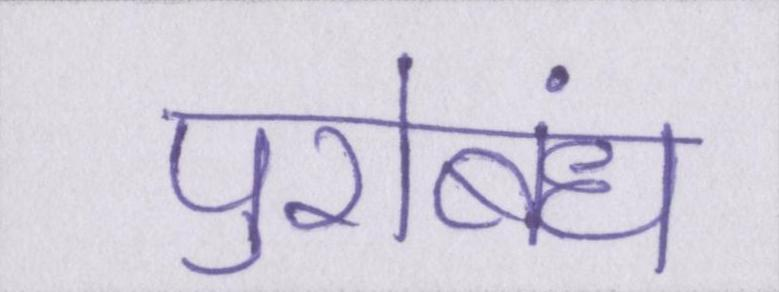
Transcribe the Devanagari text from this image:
पुरोबंध